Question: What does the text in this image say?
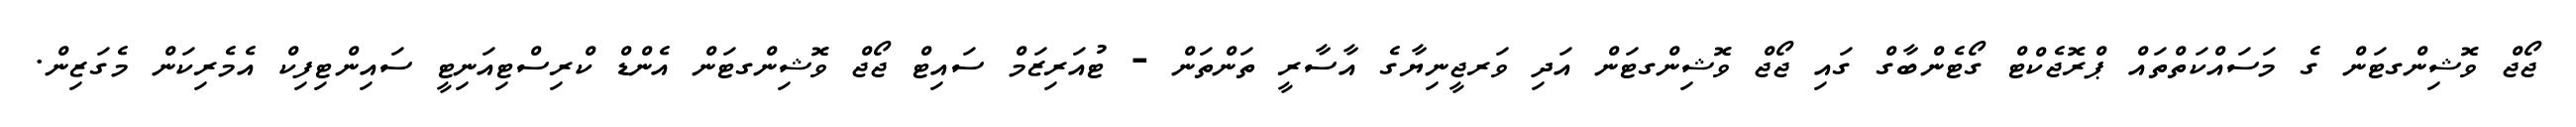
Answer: ޖޯޖް ވޮޝިންގޓަން ގެ މަސައްކަތްތައް ޕްރޮޖެކްޓް ގޯޓެންބާގް ގައި ޖޯޖް ވޮޝިންގޓަން އަދި ވަރޖީނިޔާގެ އާސާރީ ތަންތަން - ޓުއަރިޒަމް ސައިޓް ޖޯޖް ވޮޝިންގޓަން އެންޑް ކްރިސްޓިއަނިޓީ ސައިންޓިފިކް އެމެރިކަން މެގަޒިން.